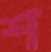
শ